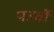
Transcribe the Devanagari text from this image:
पउर्वी